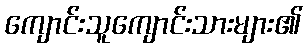
ကျောင်းသူကျောင်းသားများ၏